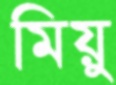
মিয়ু